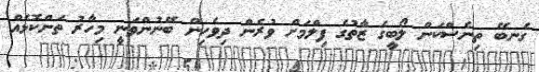
ގެނބޭ ތިނެސްކަން ލޯބީގެ ޒާތުގެ ފިލްމަށް ވުރެން ދިވެހިން ބޭނުންވަނީ މިހާރު ތަންކޮޅެއް